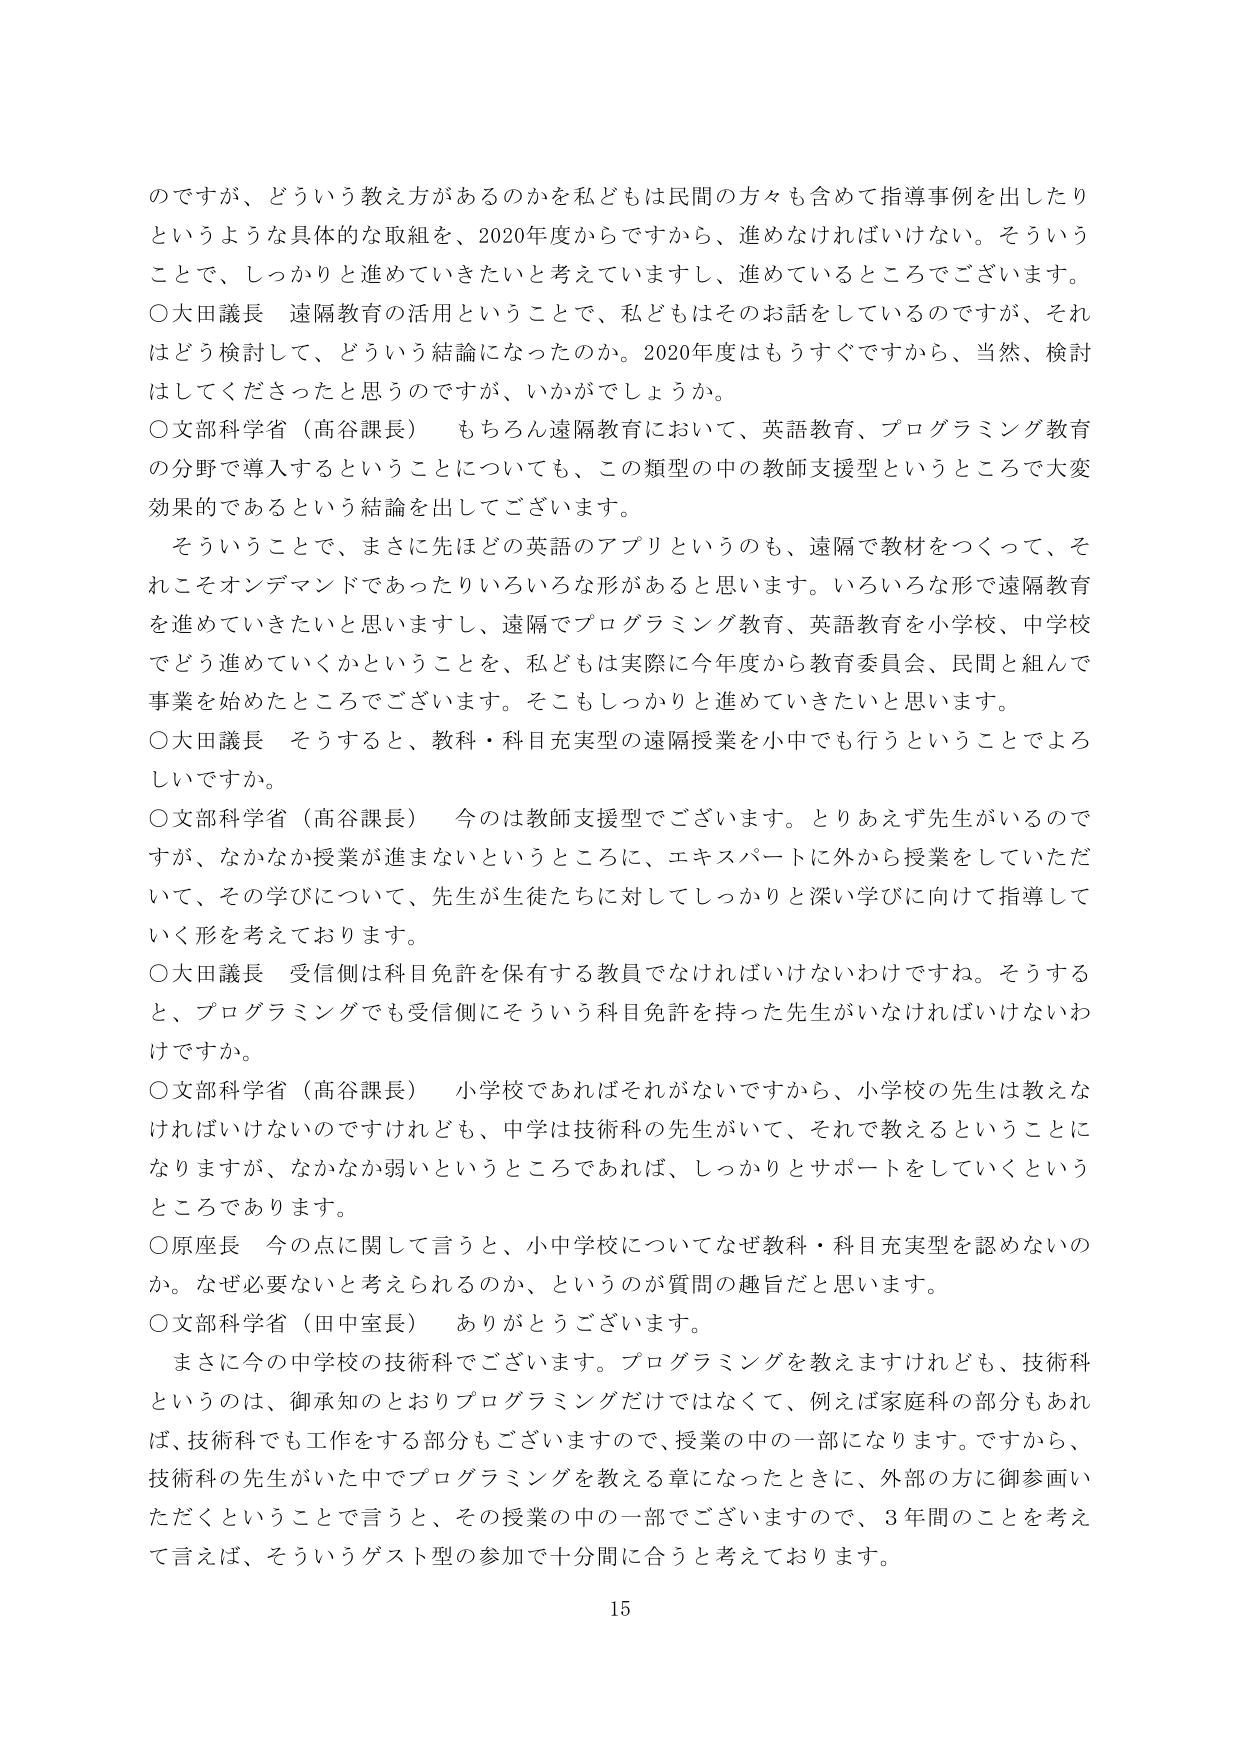
のですが、どういう教え方があるのかを私どもは民間の方々も含めて指導事例を出したり
というような具体的な取組を、2020年度からですから、進めなければいけない。そういう
ことで、しっかりと進めていきたいと考えていますし、進めているところでございます。
〇大田議長 遠隔教育の活用ということで、私どもはそのお話をしているのですが、それ
はどう検討して、どういう結論になったのか。2020年度はもうすぐですから、当然、検討
はしてくださったと思うのですが、いかがでしょうか。
〇文部科学省（高谷課長） もちろん遠隔教育において、英語教育、プログラミング教育
の分野で導入するということについても、この類型の中の教師支援型というところで大変
効果的であるという結論を出してございます。
　そういうことで、まさに先ほどの英語のアプリというのも、遠隔で教材をつくって、そ
れこそオンデマンドであったりいろいろな形があると思います。いろいろな形で遠隔教育
を進めていきたいと思いますし、遠隔でプログラミング教育、英語教育を小学校、中学校
でどう進めていくかということを、私どもは実際に今年度から教育委員会、民間と組んで
事業を始めたところでございます。そこもしっかりと進めていきたいと思います。
〇大田議長 そうすると、教科・科目充実型の遠隔授業を小中でも行うということでよろ
しいですか。
〇文部科学省（高谷課長） 今のは教師支援型でございます。とりあえず先生がいるので
すが、なかなか授業が進まないというところに、エキスパートに外から授業をしていただ
いて、その学びについて、先生が生徒たちに対してしっかりと深い学びに向けて指導して
いく形を考えております。
〇大田議長 受信側は科目免許を保有する教員でなければいけないわけですね。そうする
と、プログラミングでも受信側にそういう科目免許を持った先生がいなければいけないわ
けですか。
〇文部科学省（高谷課長） 小学校であればそれがないですから、小学校の先生は教えな
ければいけないのですけれども、中学は技術科の先生がいて、それで教えるということに
なりますが、なかなか弱いというところであれば、しっかりとサポートをしていくという
ところであります。
〇原座長 今の点に関して言うと、小中学校についてなぜ教科・科目充実型を認めないの
か。なぜ必要ないと考えられるのか、というのが質問の趣旨だと思います。
〇文部科学省（田中室長） ありがとうございます。
　まさに今の中学の技術科でございます。プログラミングを教えますけれども、技術科
というのは、御承知のとおりプログラミングだけではなくて、例えば家庭科の部分もあれ
ば、技術科でも工作をする部分もございますので、授業の中の一部になります。ですから、
技術科の先生がいた中でプログラミングを教える章になったときに、外部の方に御参画い
ただくということで言うと、その授業の中の一部でございますので、3年間のことを考え
て言えば、そういうゲスト型の参加で十分間に合うと考えております。
15